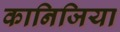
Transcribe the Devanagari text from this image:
कानिजिया